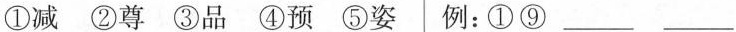
①减②尊③品④预⑤姿 例：①⑨___ ___